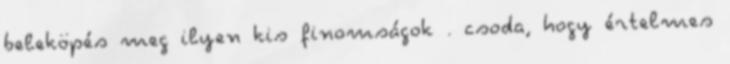
beleköpés meg ilyen kis finomságok . csoda, hogy értelmes